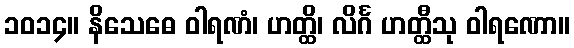
၁၀၁၄။ နိသေဓေ ဝါရဏံ၊ ဟတ္ထိ၊ လိင်္ဂ ဟတ္ထီသု ဝါရဏော။